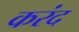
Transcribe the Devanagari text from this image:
करंद